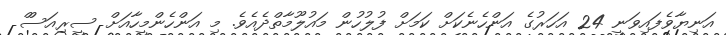
އަނިޔާވެފައިވަނީ 24 އަހަރުގެ އަންހެނެކަށް ކަމަށް ފުލުހުން މައުލޫމާތްދެއެވެ. މި އަންހެންމީހާއަށް ސީރިއަސްް